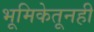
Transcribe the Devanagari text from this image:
भूमिकेतूनही